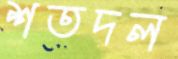
শতদল